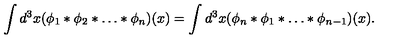
\int d ^ { 3 } x ( \phi _ { 1 } * \phi _ { 2 } * \ldots * \phi _ { n } ) ( x ) = \int d ^ { 3 } x ( \phi _ { n } * \phi _ { 1 } * \ldots * \phi _ { n - 1 } ) ( x ) .